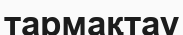
тармақтау